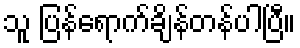
သူ ပြန်ရောက်ချိန်တန်ပါပြီ။